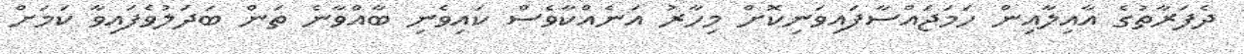
ދެފަރާތުގެ އާއިލާއިން ހަމަޖައްސާފައިވަނިކޮށް މިހާރު އަނެއްކާވެސް ކައިވެނި ބާއްވާނެ ތަން ބަދަލުވެފައިވާ ކަމަށް